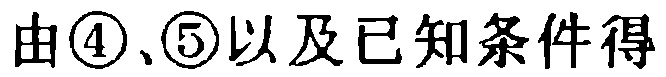
由\textcircled{4}、\textcircled{5}以及已知条件得